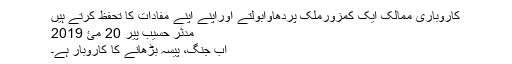
کاروباری ممالک ایک کمزورملک پردھاوابولتے اوراپنے اپنے مفادات کا تحفظ کرتے ہیں
مدثر حسیب پير 20 مئ 2019
اب جنگ، پیسہ بڑھانے کا کاروبار ہے۔